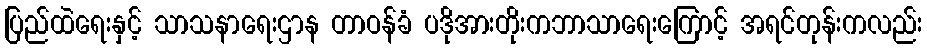
ပြည်ထဲရေးနှင့် သာသနာရေးဌာန တာဝန်ခံ ပဒိုအားတိုးကဘာသာရေးကြောင့် အရင်တုန်းကလည်း